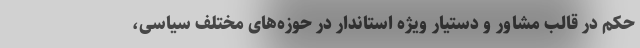
حکم‌ در قالب مشاور و دستیار ویژه استاندار در حوزه‌های مختلف سیاسی،